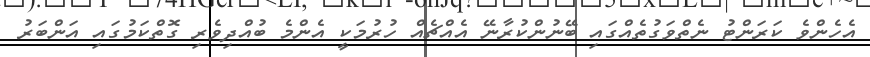
އެހެންވެ ކަރަންޓު ނެތްވަގުތެއްގައި ބޭނުންކުރާނޭ އެއްޗެއް ހުރުމަކީ އެންމެ ބުއްދިވެރި ގޮތްކަމުގައި އަންބަރު